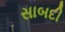
સાબદી